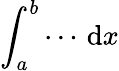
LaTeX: \int_{a}^{b}\cdots\, \mathrm{d}x